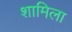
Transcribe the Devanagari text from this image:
शामिला